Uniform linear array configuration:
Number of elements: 64
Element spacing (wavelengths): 0.75
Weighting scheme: kaiser
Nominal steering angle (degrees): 15
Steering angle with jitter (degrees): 14.652
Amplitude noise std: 0.05
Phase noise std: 0.05

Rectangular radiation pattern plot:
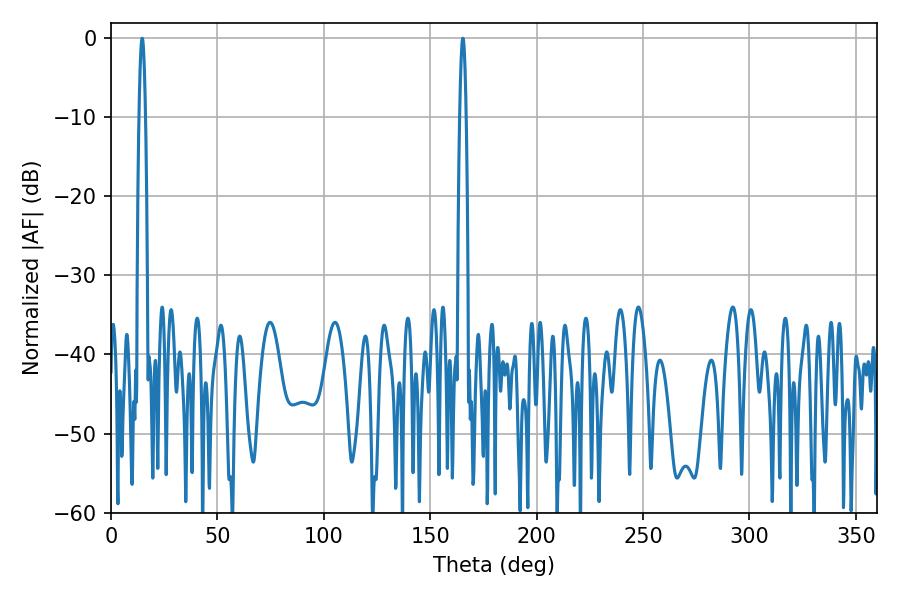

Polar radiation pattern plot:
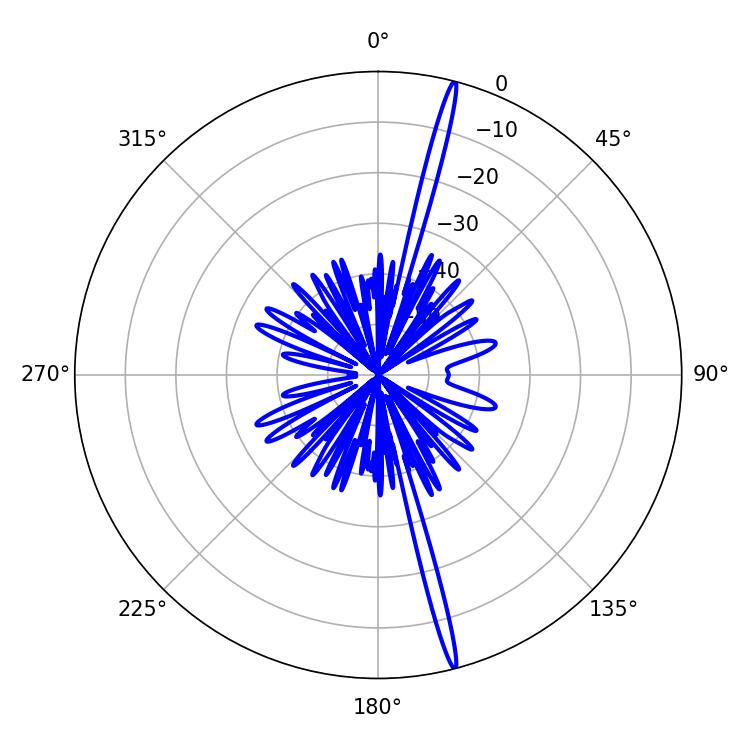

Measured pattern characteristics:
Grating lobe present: TRUE
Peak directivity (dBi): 20.877
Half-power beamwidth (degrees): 1.62
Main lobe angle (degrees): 14.58